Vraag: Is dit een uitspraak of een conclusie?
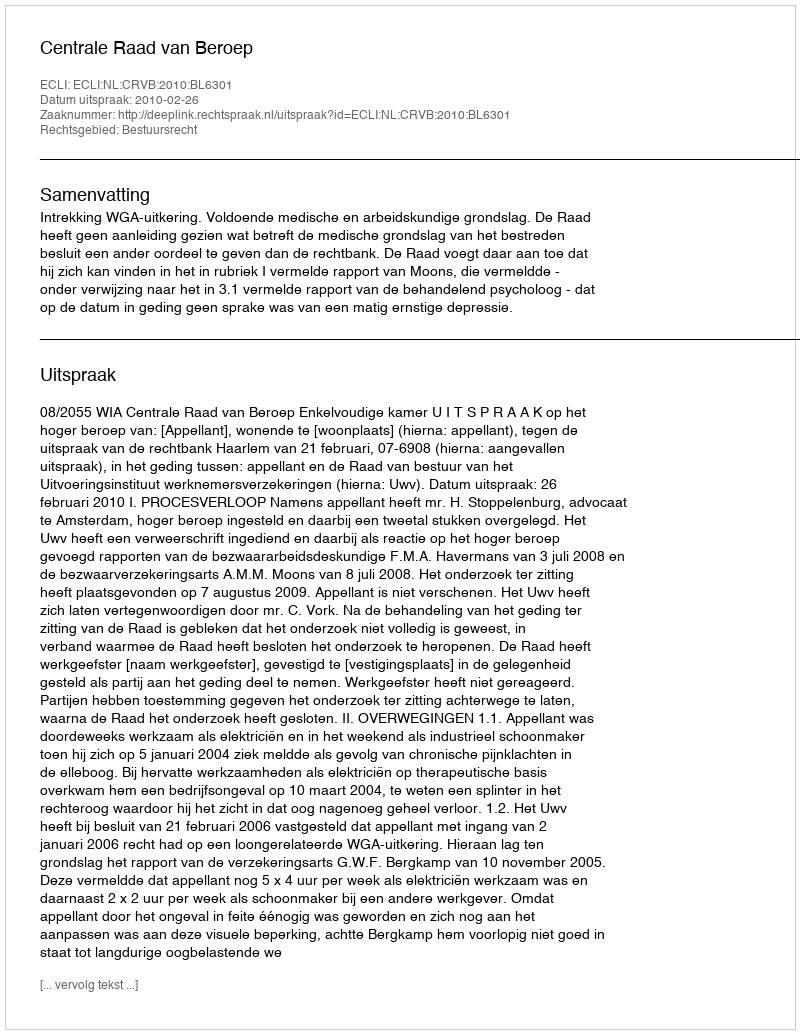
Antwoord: Uitspraak